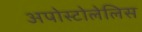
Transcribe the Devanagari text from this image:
अपोस्टोलेलिस